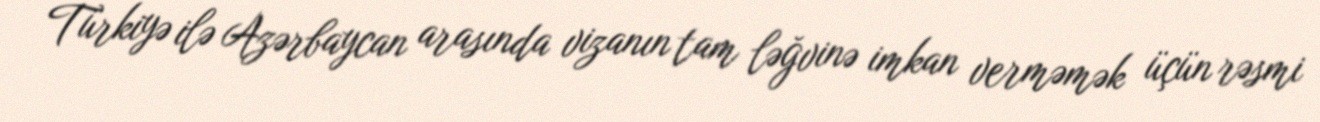
Türkiyə ilə Azərbaycan arasında vizanın tam ləğvinə imkan verməmək üçün rəsmi